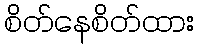
စိတ်နေစိတ်ထား